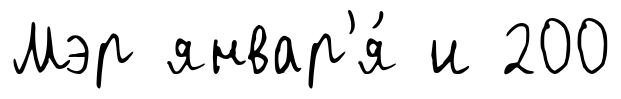
Мэр январ'я́ и 200